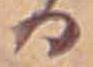
る